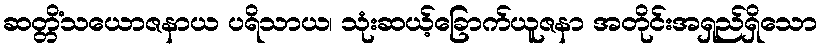
ဆတ္တိံသယောဇနာယ ပရိသာယ၊ သုံးဆယ့်ခြောက်ယူဇနာ အတိုင်းအရှည်ရှိသော